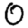
Digit: 0